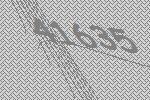
41635